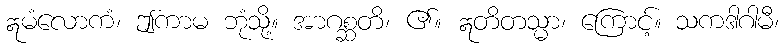
ဣမံလောကံ၊ ဤကာမ ဘုံသို့။ အာဂစ္ဆတိ၊ ၏။ ဣတိတသ္မာ၊ ကြောင့်။ သကဒါဂါမီ၊